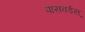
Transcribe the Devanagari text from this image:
पासवर्डस्